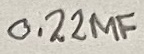
Text: 0.22µF